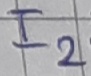
Text: I2